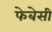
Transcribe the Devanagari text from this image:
फेबेसी